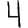
Digit: 4